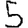
Digit: 5